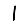
Digit: 1